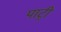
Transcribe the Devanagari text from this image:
पाट्री